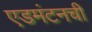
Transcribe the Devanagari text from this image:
एडमंटनची